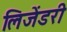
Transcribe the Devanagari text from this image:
लिजेंडरी